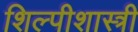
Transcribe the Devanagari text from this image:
शिल्पीशास्त्री